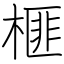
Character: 榧